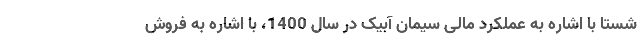
شستا با اشاره به عملکرد مالی سیمان آبیک در سال 1400، با اشاره به فروش